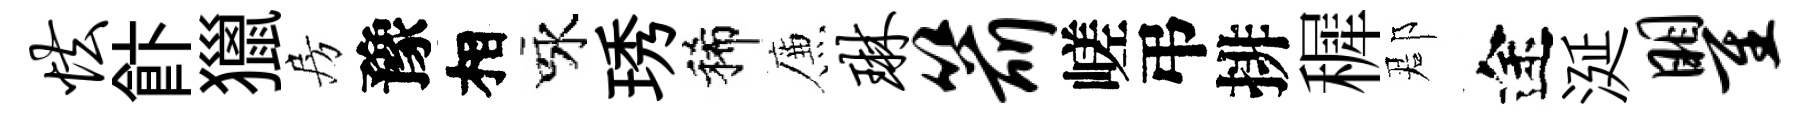
怯飰獵房豫相咏琇稀簾琳箭嵯弔排穉郡途涎瞿